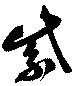
紫